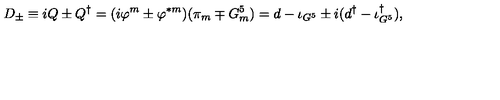
D _ { \pm } \equiv i Q \pm Q ^ { \dagger } = ( i \varphi ^ { m } \pm \varphi ^ { * m } ) ( \pi _ { m } \mp G _ { m } ^ { 5 } ) = d - \iota _ { G ^ { 5 } } \pm i ( d ^ { \dagger } - \iota _ { G ^ { 5 } } ^ { \dagger } ) ,